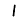
Digit: 1